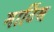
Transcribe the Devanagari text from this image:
मार्टिस